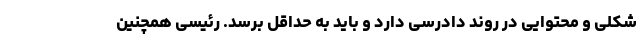
شکلی و محتوایی در روند دادرسی دارد و باید به حداقل برسد. رئیسی همچنین